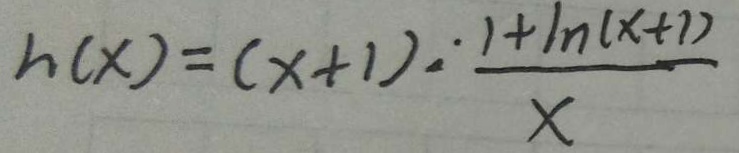
h ( x ) = ( x + 1 ) : \frac { 1 + \ln ( x + 1 ) } { x }